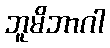
ဘူမိဘာဂါ